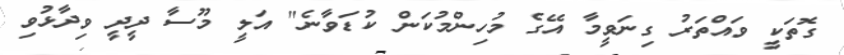
ގޮތަކީ ވައްތަރު ގިނަވީމާ އޭގެ މުހިންމުކަން ކުޑަވާނެ" އަލީ މޫސާ ދީދީ ވިދާޅުވި